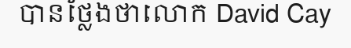
បានថ្លែងថាលោក David Cay